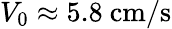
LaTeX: V_{0}\approx 5.8~\mathrm{cm/s}